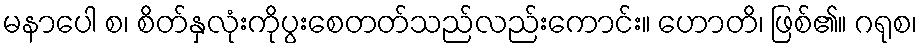
မနာပေါ စ၊ စိတ်နှလုံးကိုပွးစေတတ်သည်လည်းကောင်း။ ဟောတိ၊ ဖြစ်၏။ ဂရုစ၊